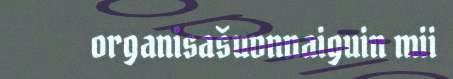
organisašuvnnaiguin mii